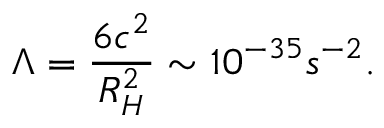
\Lambda = \frac { 6 c ^ { 2 } } { R _ { H } ^ { 2 } } \sim 1 0 ^ { - 3 5 } s ^ { - 2 } .